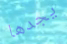
يجدها